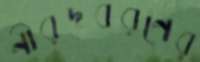
নীরদবরণের